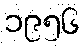
၁၉၅၆